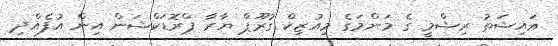
ޢައިޝަތު ރިޝްމީ ގެ މަންމަގެ މިއުޒިކް ގުރޫޕް ޔާރާ ޕްރޮޑަކްޝަން އިން އުފެއްދި